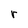
Character: r